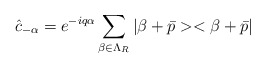
\begin{align*}\hat{c}_{-\alpha} = e^{-iq\alpha}\sum_{\beta\in\Lambda_{R}} |\beta + \bar{p}><\beta + \bar{p}|\end{align*}